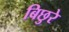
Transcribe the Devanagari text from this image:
बिछुरे